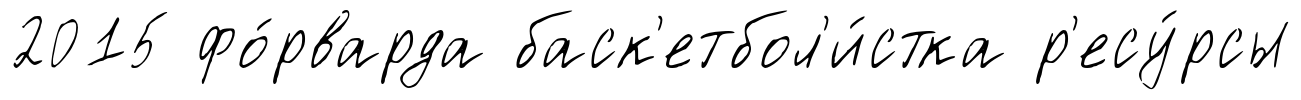
2015 фо́рварда баск'етбол'и́стка р'есу́рсы